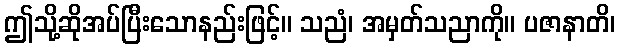
ဤသို့ဆိုအပ်ပြီးသောနည်းဖြင့်။ သညံ၊ အမှတ်သညာကို။ ပဇာနာတိ၊